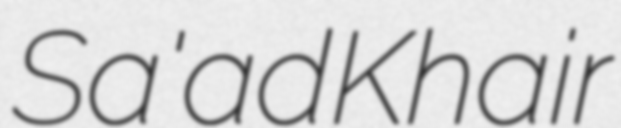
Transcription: Sa'ad Khair